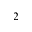
_ 2